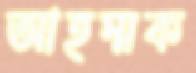
আহম্মক